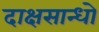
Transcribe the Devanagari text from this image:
दाक्षसान्धो